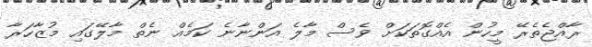
ރާއްޖެތެރޭ މީހުން އެއްގޮތަކަށް ވެސް މާލެ އަންނާނެ ކަމެއް ނެތް މާލޭގައި މުޒާހަރާ